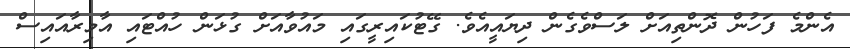
އެންމެ ފަހުން ދޮންތިއަށް ލަސްވެގެން ދިޔައީއެވެ. ގޭޓުކައިރީގައި މައުވާއަށް ގުޅަން ހުއްޓައި އާމިރާއައިސް